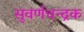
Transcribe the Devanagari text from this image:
सुवर्णचन्द्रक